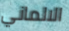
الالماني